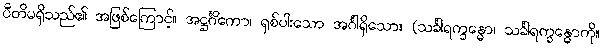
ပီတိမရှိသည်၏ အဖြစ်ကြောင့်။ အဋ္ဌင်္ဂိကော၊ ရှစ်ပါးသော အင်္ဂါရှိသော။ (သင်္ခါရက္ခန္ဓော၊ သင်္ခါရက္ခန္ဓောကို။